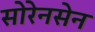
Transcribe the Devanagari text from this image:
सोरेनसेन